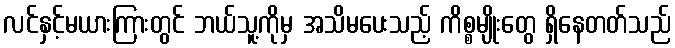
လင်နှင့်မယားကြားတွင် ဘယ်သူ့ကိုမှ အသိမပေးသည့် ကိစ္စမျိုးတွေ ရှိနေတတ်သည်